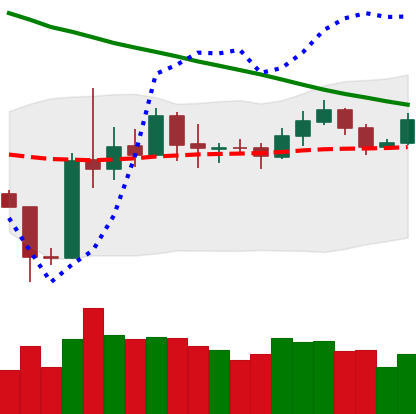
Ticker: ETH-USD
Chart end date: 2019-11-10
Forward return: -4.727%
Label: down_3_5